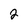
Character: 2